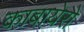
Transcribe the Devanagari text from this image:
काबायेरो